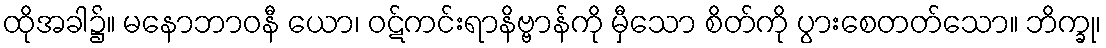
ထိုအခါ၌။ မနောဘာဝနီ ယော၊ ဝဋ်ကင်းရာနိဗ္ဗာန်ကို မှီသော စိတ်ကို ပွားစေတတ်သော။ ဘိက္ခု၊